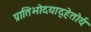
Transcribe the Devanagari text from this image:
प्रातिभोदयाद्हेतोर्यः